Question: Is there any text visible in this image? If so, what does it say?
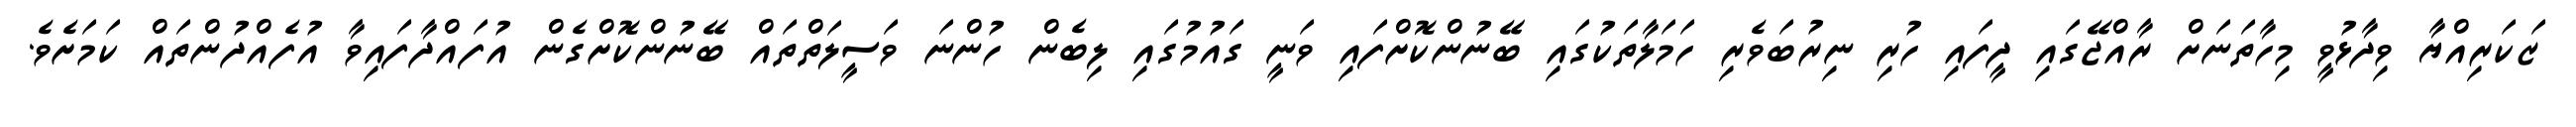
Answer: ޒަކަރިއްޔާ ވިދާޅުވީ މިހާތަނަށް ރާއްޖޭގައި ދީފައި ހުރި ނިރުބަވެރި ހަމަލާތަކުގައި ބޭނުންކޮށްފައި ވަނީ ގައުމުގައި ލިބެން ހުންނަ ވަސީލަތްތައް ބޭނުންކޮށްގެން އުފައްދާފައިވާ އުފެއްދުންތައް ކަމަށެވެ.